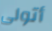
أتولى